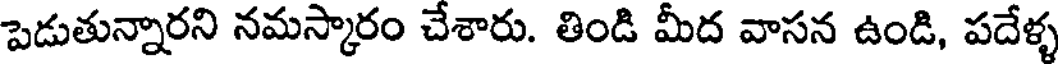
పెడుతున్నారని నమస్కారం చేశారు. తిండి మీద వాసన ఉండి, పదేళ్ళ